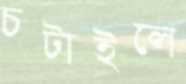
চটাইলে